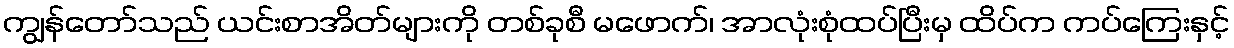
ကျွန်တော်သည် ယင်းစာအိတ်များကို တစ်ခုစီ မဖောက်၊ အာလုံးစုံထပ်ပြီးမှ ထိပ်က ကပ်ကြေးနှင့်